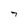
Character: 7